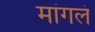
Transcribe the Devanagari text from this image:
मांगलं